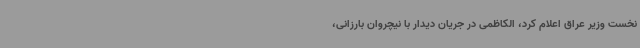
نخست وزیر عراق اعلام کرد، الکاظمی در جریان دیدار با نیچروان بارزانی،